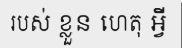
របស់ ខ្លួន ហេតុ អ្វី